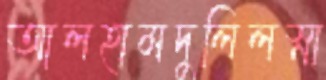
আলহামদুলিলস্না